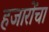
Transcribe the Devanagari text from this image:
हजारोंचा